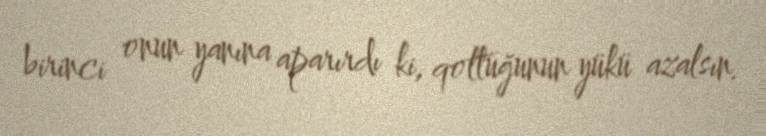
birinci onun yanına aparırdı ki, qoltuğunun yükü azalsın.